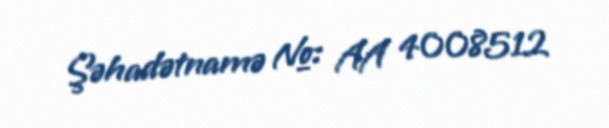
Şəhadətnamə №: AA 4008512